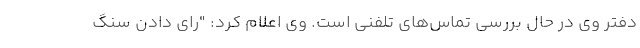
دفتر وی در حال بررسی تماس‌های تلفنی است. وی اعلام کرد: "رای دادن سنگ